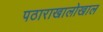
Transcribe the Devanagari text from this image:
पठाराखालोखाल